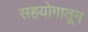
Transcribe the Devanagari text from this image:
सहयोगातून